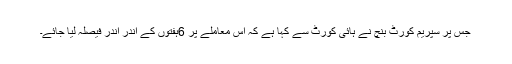
جس پر سپریم کورٹ بنچ نے ہائی کورٹ سے کہا ہے کہ اس معاملے پر 6ہفتوں کے اندر اندر فیصلہ لیا جائے۔